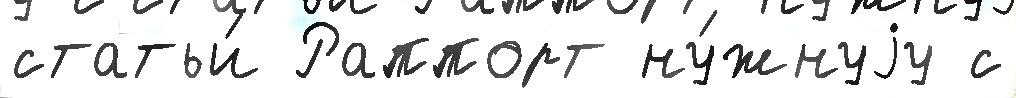
статьи́ Раппорт ну́жнуjу с